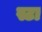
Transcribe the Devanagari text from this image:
स्टा